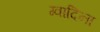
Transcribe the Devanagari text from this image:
ग्वादिना